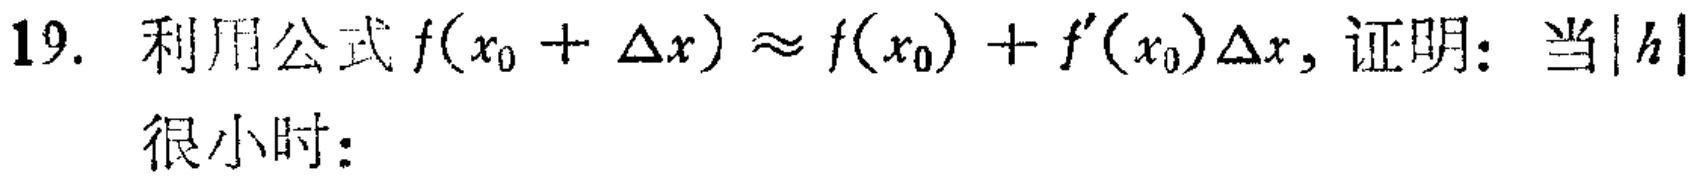
19. 利用公式 \(f(x_{0}+\Delta x)\approx f(x_{0})+f^{\prime}(x_{0})\Delta x\), 证明：当\(\vert h\vert\)很小时：